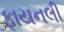
ફાયનલી